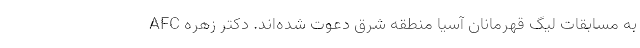
AFC به مسابقات لیگ قهرمانان آسیا منطقه شرق دعوت شده‌اند. دکتر زهره